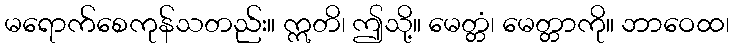
မရောက်စေကုန်သတည်း။ ဣတိ၊ ဤသို့။ မေတ္တံ၊ မေတ္တာကို။ ဘာဝေထ၊